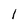
Character: l